Vaccine operations Central Provinces 1900-1911 - 1900-1911
Year: 1900
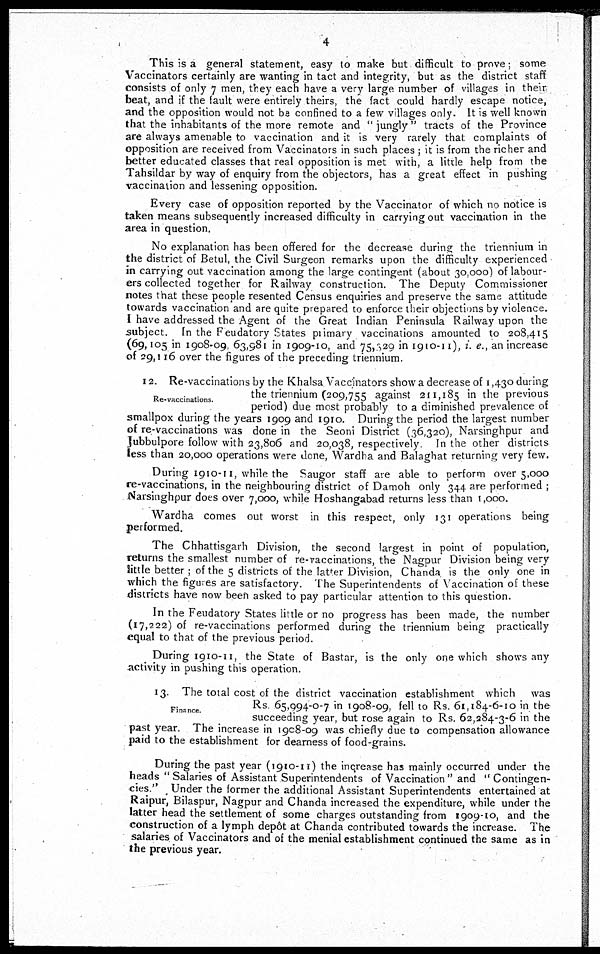
4
This is a general statement, easy to make but difficult to prove; some
Vaccinators certainly are wanting in tact and integrity, but as the district staff
consists of only 7 men, they each have a very large number of villages in their
and the opposition would not be confined to a few villages only. It is well known
that the inhabitants of the more remote and " jungly " tracts of the Province
are always amenable to vaccination and it is very rarely that complaints of
opposition are received from Vaccinators in such places ; it is from the richer and
better educated classes that real opposition is met with, a little help from the
Tahsildar by way of enquiry from the objectors, has a great effect in pushing
vaccination and lessening opposition.
Every case of opposition reported by the Vaccinator of which no notice is
taken means subsequently increased difficulty in carrying out vaccination in the
area in question.
No explanation has been offered for the decrease during; the triennium in
the district of Betul, the Civil Surgeon remarks upon the difficulty experienced
in carrying out vaccination among the large contingent (about 30,000) of labour-
ers collected together for Railway construction. The Deputy Commissioner
notes that these people resented Census enquiries and preserve the same attitude
towards vaccination and are quite prepared to enforce their objections by violence.
I have addressed the Agent of the Great Indian Peninsula Railway upon the
subject. In the Feudatory States primary vaccinations amounted to 208,415
(69,105 in 1908-09, 63,981 in 1909-10, and 75,629 in 1910-11), i. e., an increase
of 29,116 over the figures of the preceding triennium.
Re- vaccinations.
12. Re-vaccinations by the Khalsa Vaccinators show a decrease of 1,430 during
the triennium (209,755 against 211,185 in the previous
period) due most probably to a diminished prevalence of
smallpox during the years 1909 and 1910. During the period the largest number
of re-vaccinations was done in the Seoni District (36,320), Narsinghpur and
Jubbulpore follow with 23,806 and 20,038, respectively In the other districts
less than 20,000 operations were done, Wardha and Balaghat returning very few.
During 1910-11, while the Saugor staff are able to perform over 5,000
re-vaccinations, in the neighbouring district of Damoh only 344 are performed ;
Narsinghpur does over 7,000, while Hoshangabad returns less than 1,000.
Wardha comes out worst in this respect, only 131 operations being
performed.
The Chhattisgarh Division, the second largest in point of population,
returns the smallest number of re-vaccinations, the Nagpur Division being very
little better ; of the 5 districts of the latter Division, Chanda is the only one in
which the figures are satisfactory. The Superintendents of Vaccination of these
districts have now been asked to pay particular attention to this question.
In the Feudatory States little or no progress has been made, the number
(17,222) of re-vaccinations performed during the triennium being practically
equal to that of the previous period.
During 1910-11, the State of Bastar, is the only one which shows any
activity in pushing this operation.
Finance
13. The total cost of the district vaccination establishment which was
Rs 65,994-0-7 in 1908-09, fell to Rs 61,184-6-10 in the
succeeding year, but rose again to Rs. 62,284-3-6 in the
past year. The increase in 1908-09 was chiefly due to compensation allowance
paid to the establishment for dearness of food-grains.
During the past year (1910-11) the increase has mainly occurred under the
heads " Salaries of Assistant Superintendents of Vaccination " and " Contingen-
cies." Under the former the additional Assistant Superintendents entertained at
Raipur, Bilaspur, Nagpur and Chanda increased the expenditure, while under the
latter head the settlement of some charges outstanding from 1909-10, and the
construction of a lymph depôt at Chanda contributed towards the increase. The
salaries of Vaccinators and of the menial establishment continued the same as in
the previous year.